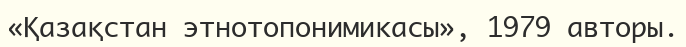
«Қазақстан этнотопонимикасы», 1979 авторы.